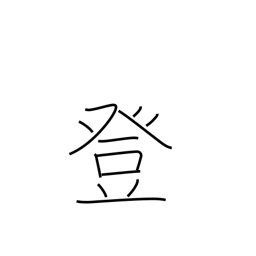
Meaning: climb up